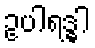
ဥပါရဒ္ဓါ